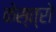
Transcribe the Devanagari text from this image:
केस्त्रो